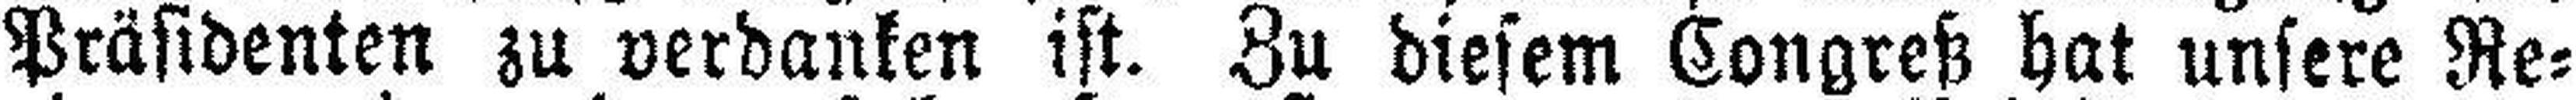
Präsidenten zu verdanken ist. Zu diesem Congreß hat unsere Re¬